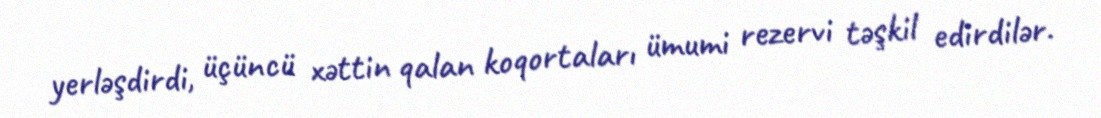
yerləşdirdi, üçüncü xəttin qalan koqortaları ümumi rezervi təşkil edirdilər.